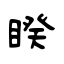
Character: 睽